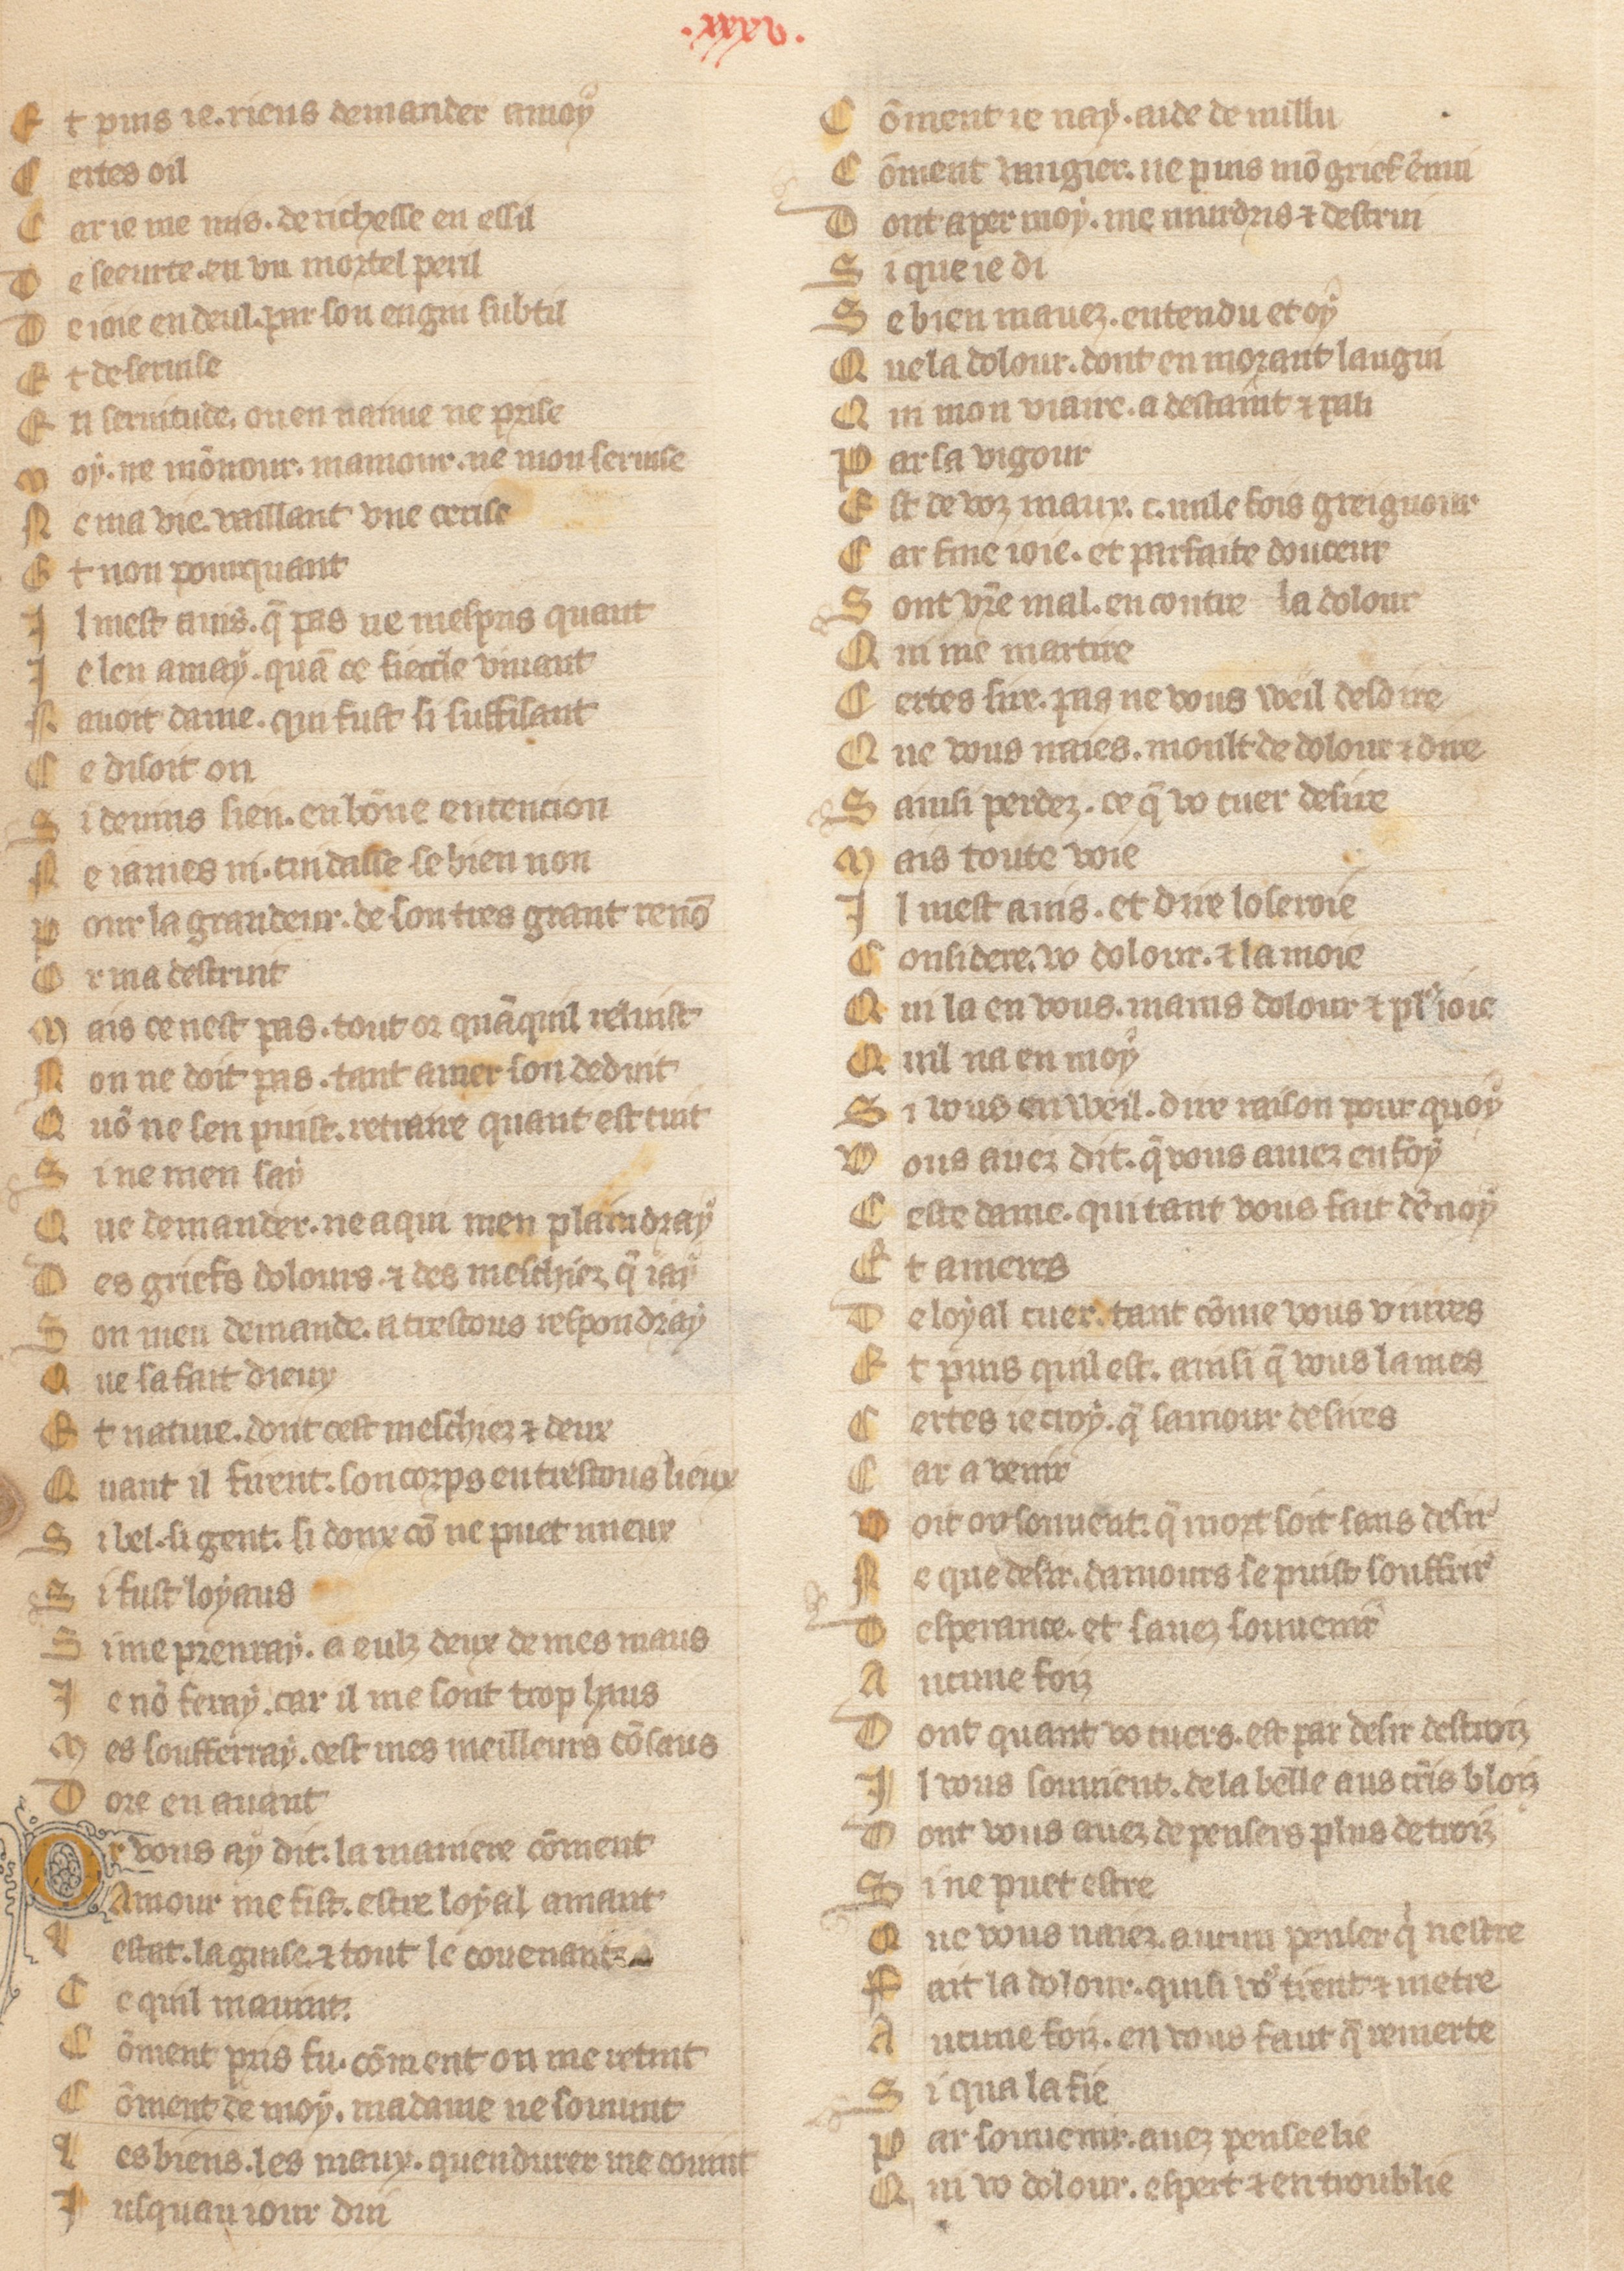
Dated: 1371–1371